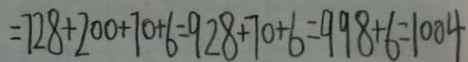
= 7 2 8 + 2 0 0 + 7 0 + 6 = 9 2 8 + 7 0 + 6 = 9 9 8 + 6 = 1 0 0 4